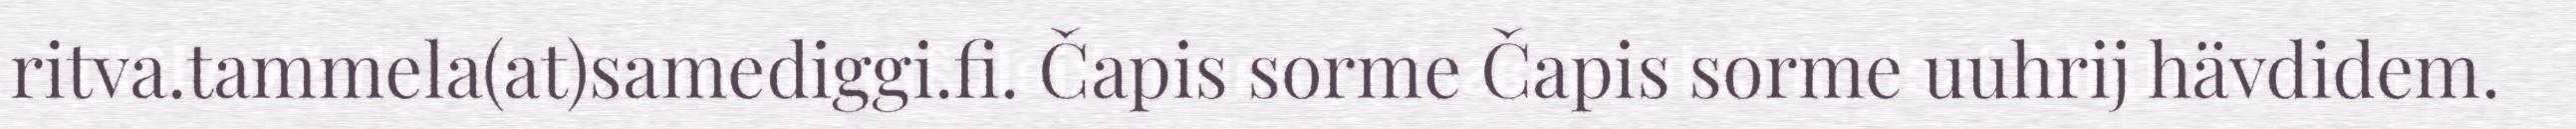
ritva.tammela(at)samediggi.fi. Čapis sorme Čapis sorme uuhrij hävdidem.